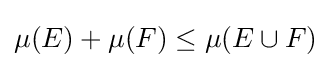
\mu (E)+\mu (F)\leq \mu (E\cup F)